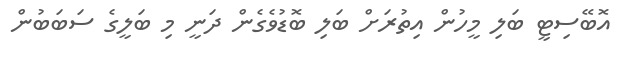
އޮބޭސިޓީ ބަލި މީހުން އިތުރަށް ބަލި ބޮޑުވެގެން ދަނީ މި ބަލީގެ ސަބަބުން